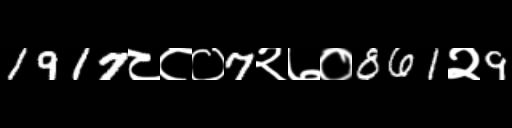
Text: 1917८८०7२७०861२9